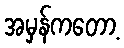
အမှန်ကတော့